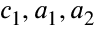
c _ { 1 } , a _ { 1 } , a _ { 2 }